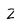
Character: Z